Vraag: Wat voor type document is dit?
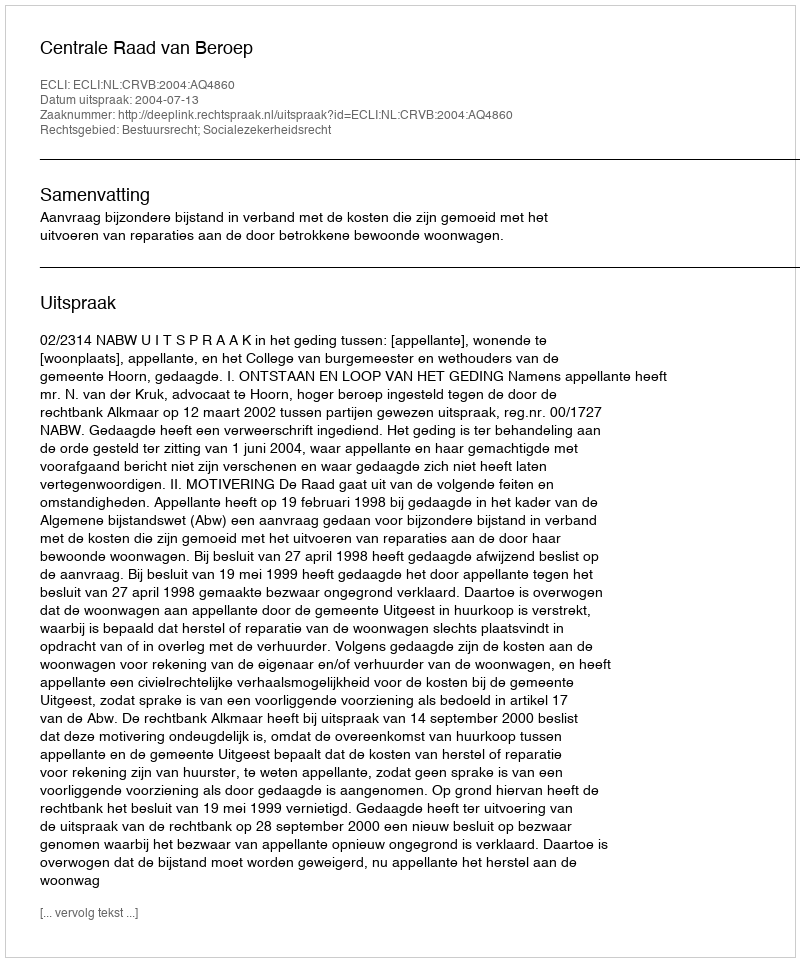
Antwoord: Uitspraak